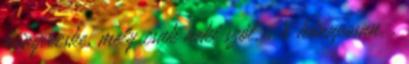
könyvecske, mely csak neki szól. . 8 hónaposan. .